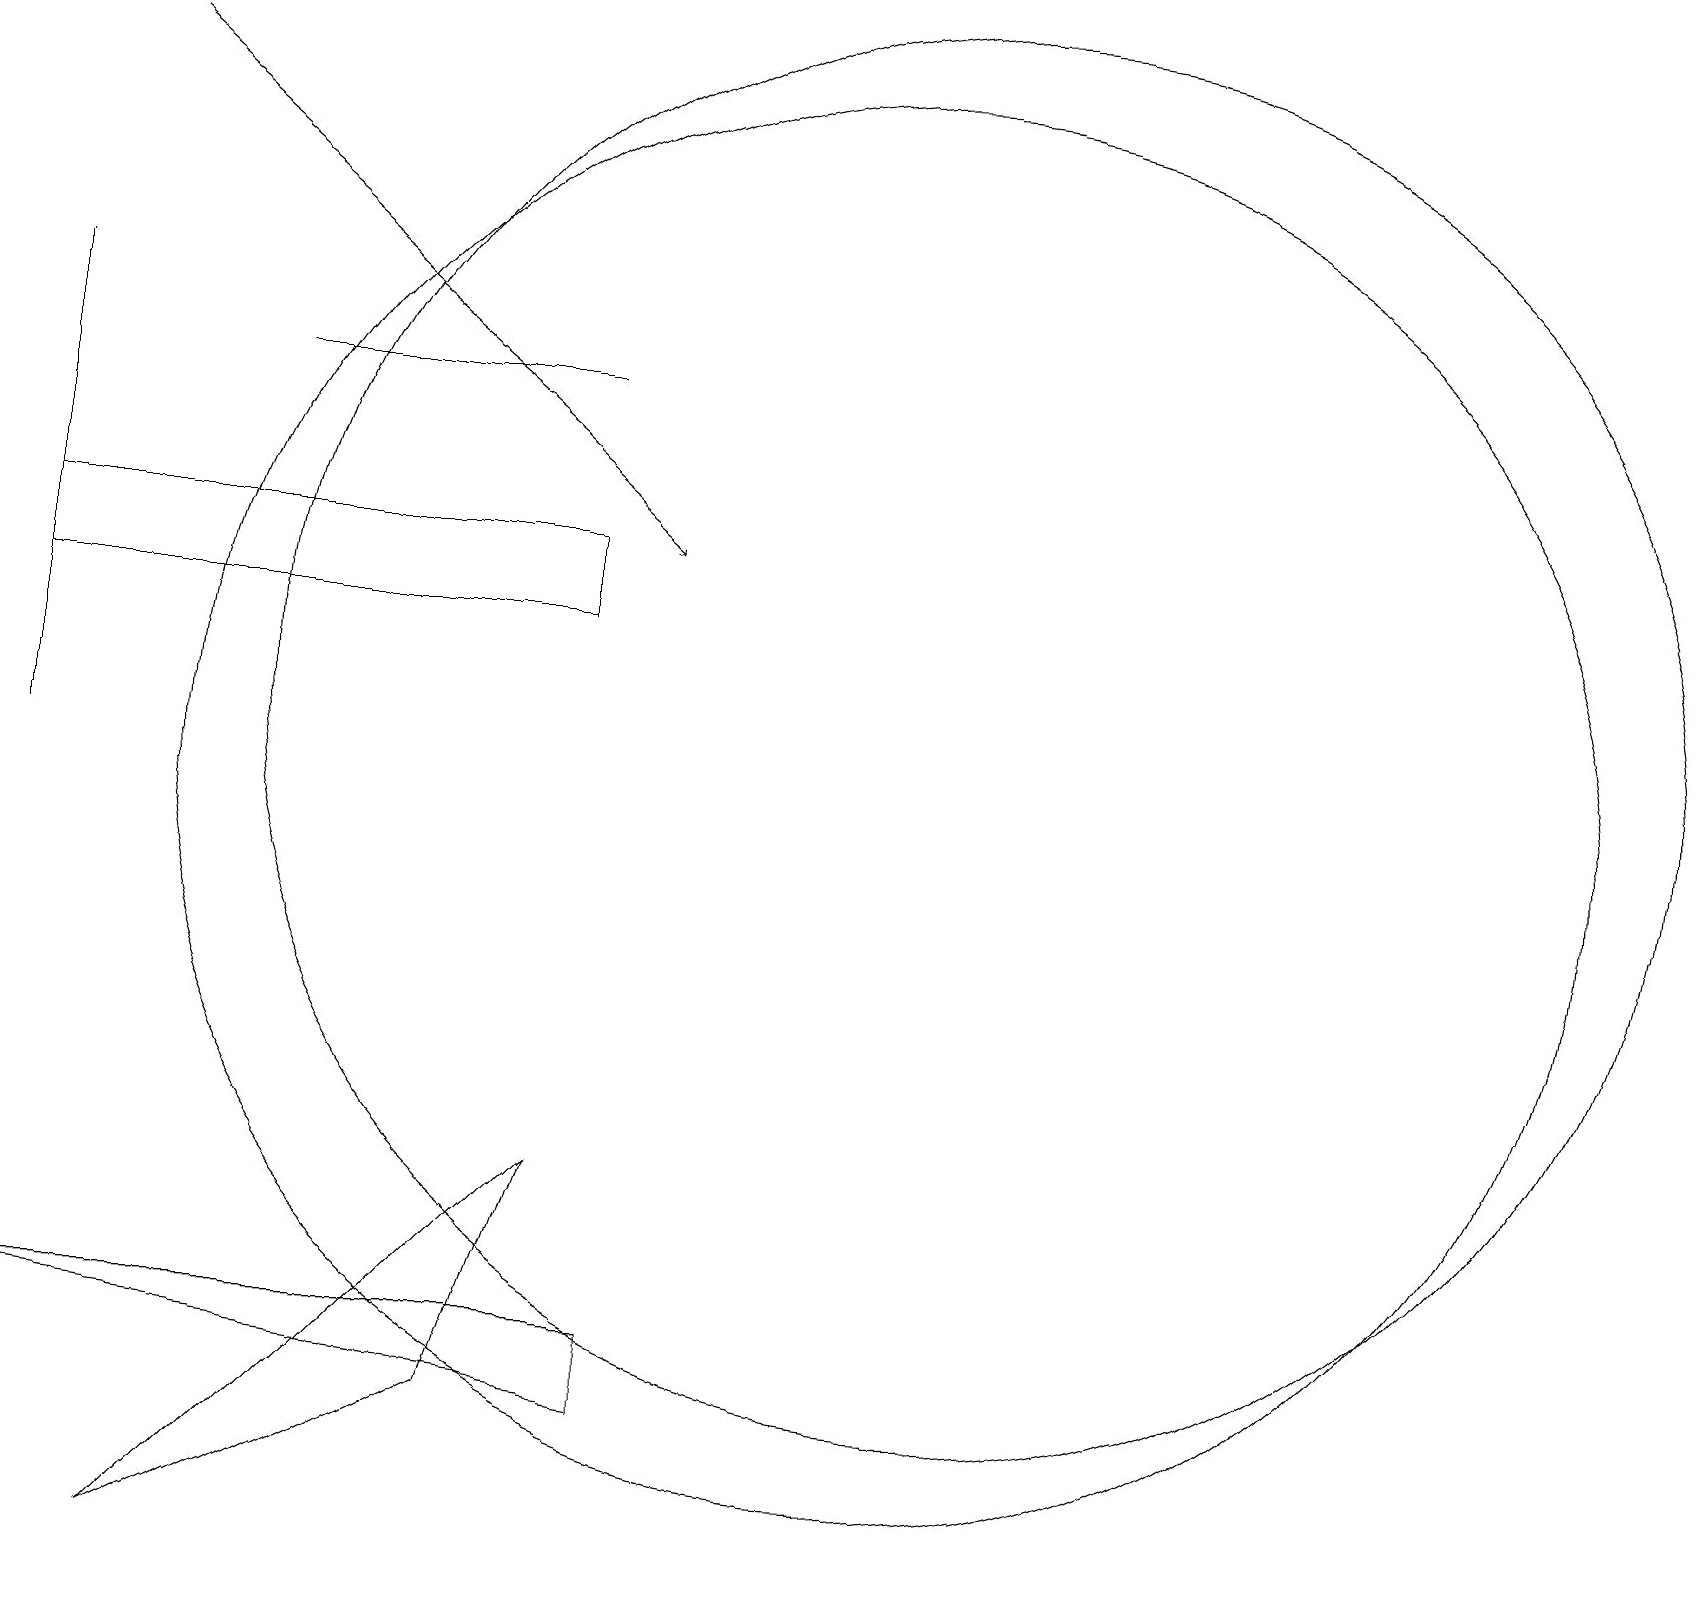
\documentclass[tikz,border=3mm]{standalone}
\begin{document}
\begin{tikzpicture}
\draw (7,15) rectangle (3,15);
\draw (0,16) rectangle (0,10);
\draw (7,12) rectangle (0,13);
\draw (12,11) circle (9);
\draw (7,5) -- (6,2) -- (2,0) -- cycle;
\draw[->] (1,19) -- (8,13);
\draw (11,10) circle (9);
\draw (0,3) -- (8,3) -- (8,2) -- cycle;
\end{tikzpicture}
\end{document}